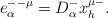
LaTeX: \begin{align*}e^{--\mu}_\alpha= D^-_\alpha x^{\mu -}_h .\end{align*}